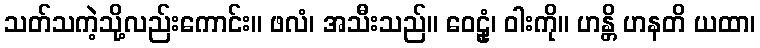
သတ်သကဲ့သို့လည်းကောင်း။ ဖလံ၊ အသီးသည်။ ဝေဠုံ၊ ဝါးကို။ ဟန္တိ ဟနတိ ယထာ၊